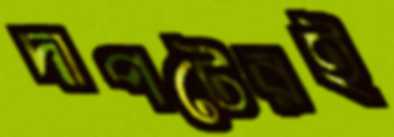
দাপটেরই